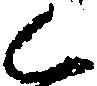
く